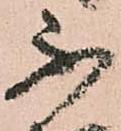
不